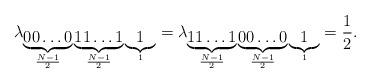
LaTeX: \begin{align*}\lambda_{\underbrace{00 \ldots 0}_{\frac{N-1}{2}}\underbrace{11 \ldots 1}_{\frac{N-1}{2}} \underbrace{1}_{1}}=\lambda_{\underbrace{11 \ldots 1}_{\frac{N-1}{2}}\underbrace{00 \ldots 0}_{\frac{N-1}{2}} \underbrace{1}_{1}}=\frac{1}{2}.\end{align*}